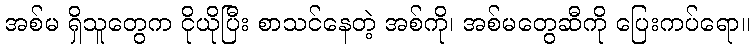
အစ်မ ရှိသူတွေက ငိုယိုပြီး စာသင်နေတဲ့ အစ်ကို၊ အစ်မတွေဆီကို ပြေးကပ်ရော။